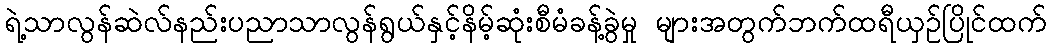
ရဲ့သာလွန်ဆဲလ်နည်းပညာသာလွန်ရွယ်နှင့်နိမ့်ဆုံးစီမံခန့်ခွဲမှု များအတွက်ဘက်ထရီယှဉ်ပြိုင်ထက်